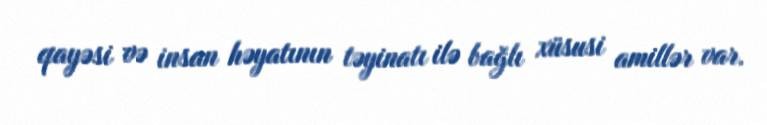
qayəsi və insan həyatının təyinatı ilə bağlı xüsusi amillər var.